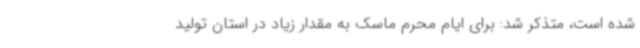
شده است، متذکر شد: برای ایام محرم ماسک به مقدار زیاد در استان تولید